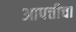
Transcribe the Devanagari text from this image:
आपत्तीचा